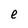
Character: e